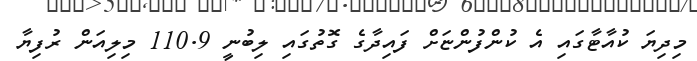
މިދިޔަ ކުއާޓާގައި އެ ކުންފުންޏަށް ފައިދާގެ ގޮތުގައި ލިބުނީ 110.9 މިލިއަން ރުފިޔާ